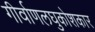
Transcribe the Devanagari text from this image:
गीर्वाणलघुकोशकार